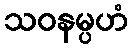
သဝနမ္ပဟံ